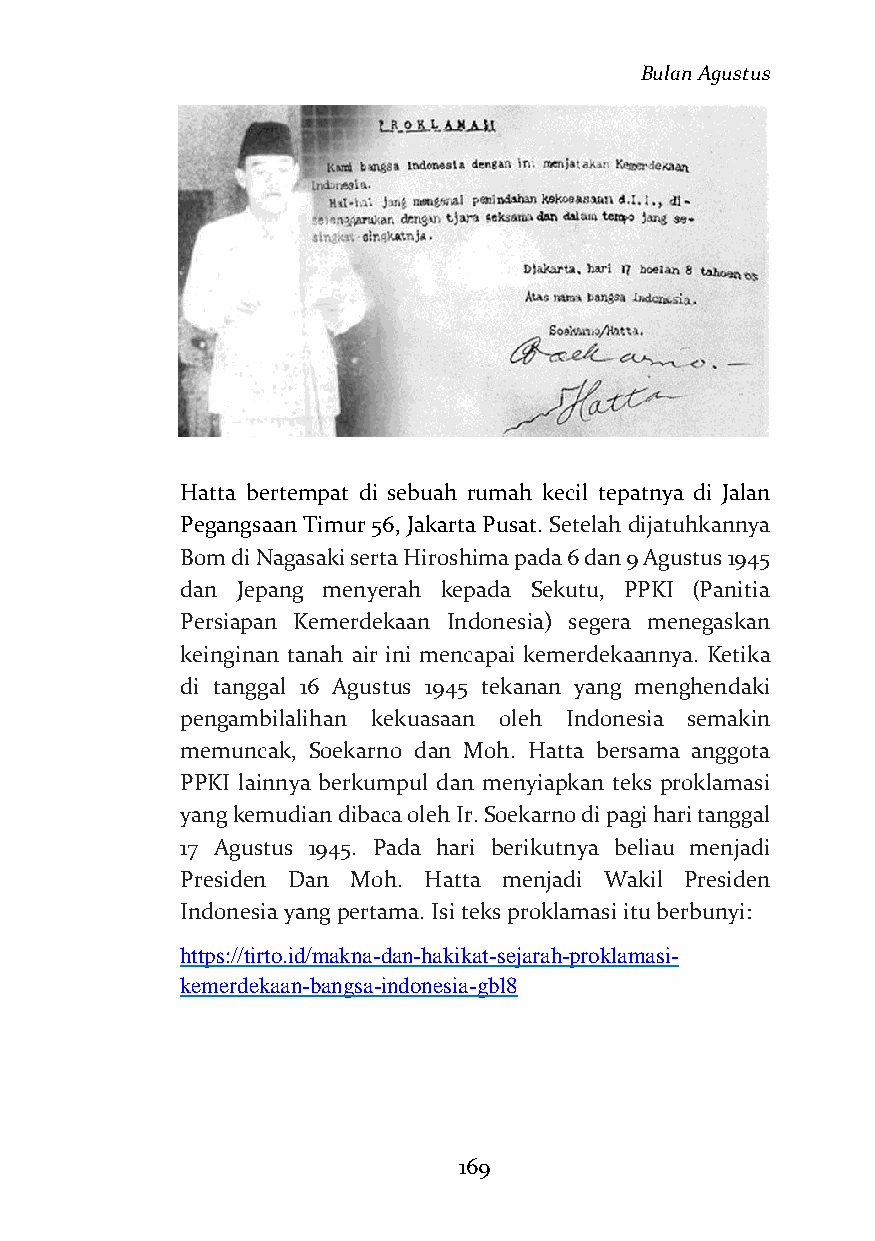
Bulan Agustus
 Hatta bertempat di sebuah rumah kecil tepatnya di Jalan
 Pegangsaan Timur 56, Jakarta Pusat. Setelah dijatuhkannya
 Bom di Nagasaki serta Hiroshima pada 6 dan 9 Agustus 1945
 dan Jepang menyerah kepada Sekutu, PPKI (Panitia
 Persiapan Kemerdekaan Indonesia) segera menegaskan
 keinginan tanah air ini mencapai kemerdekaannya. Ketika
 di tanggal 16 Agustus 1945 tekanan yang menghendaki
 pengambilalihan kekuasaan oleh Indonesia semakin
 memuncak, Soekarno dan Moh. Hatta bersama anggota
 PPKI lainnya berkumpul dan menyiapkan teks proklamasi
 yang kemudian dibaca oleh Ir. Soekarno di pagi hari tanggal
 17 Agustus 1945. Pada hari berikutnya beliau menjadi
 Presiden Dan Moh. Hatta menjadi Wakil Presiden
 Indonesia yang pertama. Isi teks proklamasi itu berbunyi:
 https://tirto.id/makna-dan-hakikat-sejarah-proklamasi-
 kemerdekaan-bangsa-indonesia-gbl8
 169